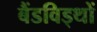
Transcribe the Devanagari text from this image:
बैंडविड्थों